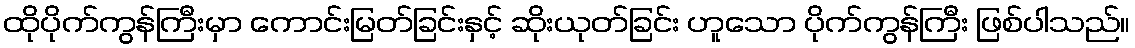
ထိုပိုက်ကွန်ကြီးမှာ ကောင်းမြတ်ခြင်းနှင့် ဆိုးယုတ်ခြင်း ဟူသော ပိုက်ကွန်ကြီး ဖြစ်ပါသည်။